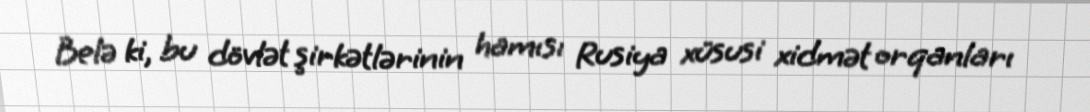
Belə ki, bu dövlət şirkətlərinin hamısı Rusiya xüsusi xidmət orqanları